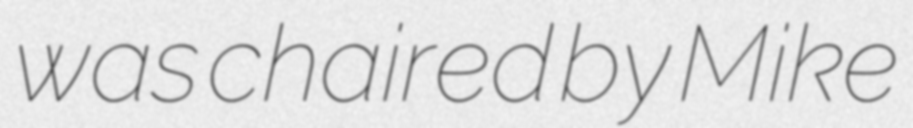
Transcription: was chaired by Mike